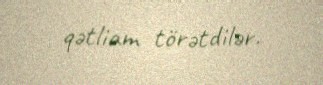
qətliam törətdilər.